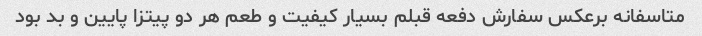
متاسفانه برعکس سفارش دفعه قبلم بسیار کیفیت و طعم هر دو پیتزا پایین و بد بود